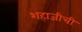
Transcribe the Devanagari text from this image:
शहाजीची